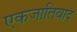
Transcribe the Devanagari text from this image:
एकजातिवाद